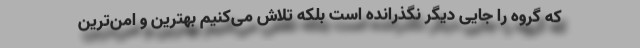
که گروه را جایی دیگر نگذرانده است بلکه تلاش می‌کنیم بهترین و امن‌ترین